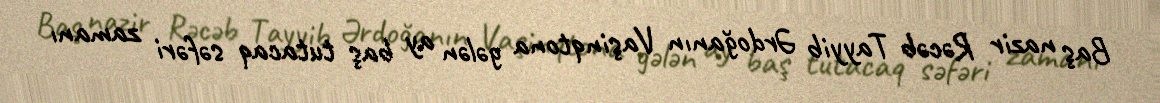
Baş nazir Rəcəb Tayyib Ərdoğanın Vaşinqtona gələn ay baş tutacaq səfəri zamanı